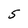
Character: 5